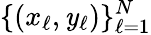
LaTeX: \{ (x_{\ell},\mathit{y}_{\ell})\} _{\ell=1}^{N}